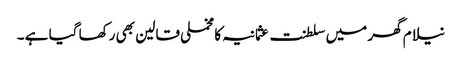
نیلام گھر میں سلطنت عثمانیہ کا مخملی قالین بھی رکھا گیا ہے ۔